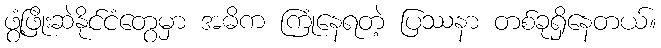
ဖွံ့ဖြိုးဆဲနိုင်ငံတွေမှာ အဓိက ကြုံနေရတဲ့ ပြဿနာ တစ်ခုရှိနေတယ်။